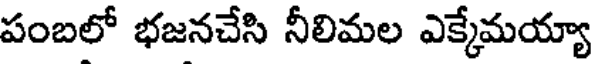
పంబలో భజనచేసి నీలిమల ఎక్కేమయ్యా